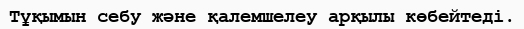
Тұқымын себу және қалемшелеу арқылы көбейтеді.